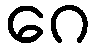
ဂေ